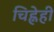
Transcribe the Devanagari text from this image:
चिह्नेही